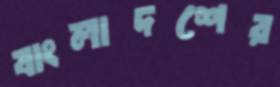
বাংলাদশের